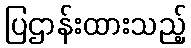
ပြဌာန်းထားသည့်